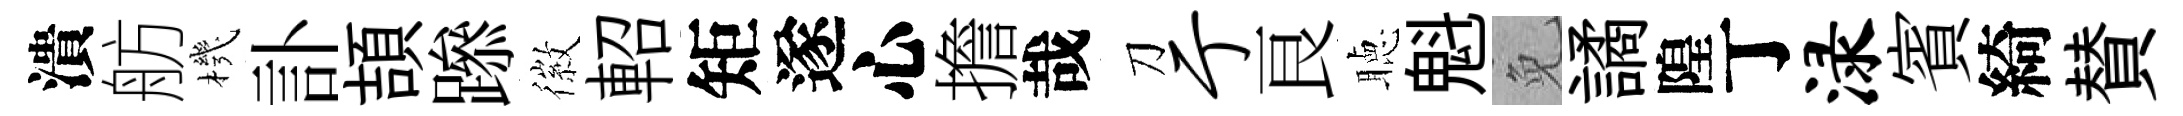
潰舫機訃頡𨅶徽軺矩遂心擔哉刀亍良聴魁免譎隍丁渌賓綺賛